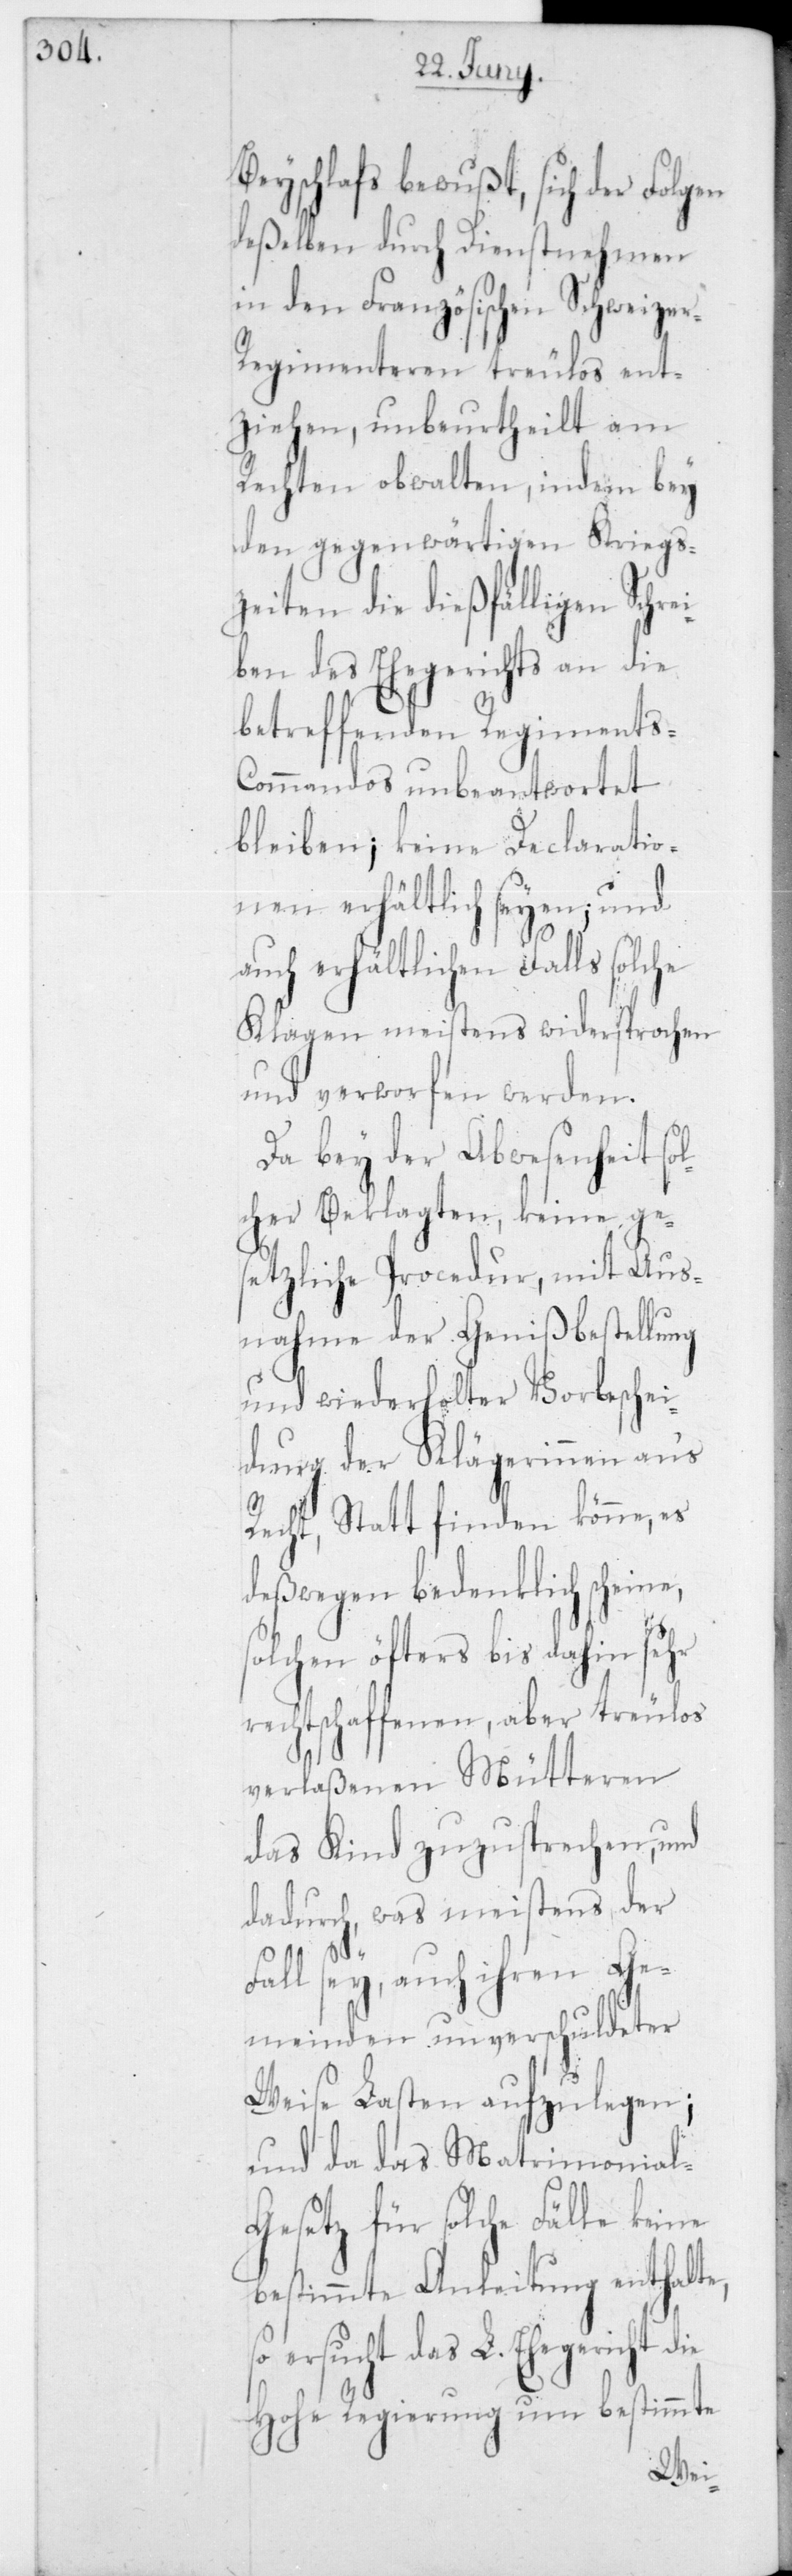
Beyschlafs bewußt, sich der Folgen
deßelben durch Dienstnehmen
in den Französischen Schweize¬
r-Regimenteren treulos ent¬
ziehen, unbeurtheilt am
Rechten obwalten, indem bey
den gegenwärtigen Kriegs¬
zeiten die dießfälligen Schre¬
iben des Ehegerichts an die
betreffenden Regiments-C¬
ommandos unbeantwortet
bleiben, keine Declaratio¬
nen erhältlich seyen; und
auch erhältlichen Falls
Klagen meistens widersprochen
und verworfen werden.
Da bey der Abwesenheit sol¬
cher Beklagten, keine ge¬
setzliche Procedur, mit Aus¬
nahme der Genießbestellung
und wiederholter Vorbeschei¬
dung der Klägerinnen an‘s
Recht stattfinden könne, es
deßwegen bedenklich scheine,
solchen öfters bis dahin sehr
rechtschaffenen, aber treulos
verlaßenen Mütteren
das Kind zuzusprechen, und
dadurch, was meistens der
Fall sey, auch ihren Ge¬
meinden unverschuldeter
Weise Lasten aufzulegen;
und da das Matrimonial-G¬
esetz für solche Fälle
bestimmte Anleitung enthalte,
ersucht das L. Ehegericht
Hohe Regierung um bestimmte